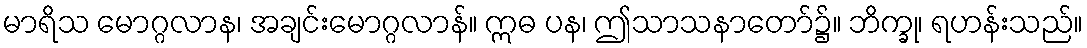
မာရိသ မောဂ္ဂလာန၊ အချင်းမောဂ္ဂလာန်။ ဣဓ ပန၊ ဤသာသနာတော်၌။ ဘိက္ခု၊ ရဟန်းသည်။